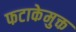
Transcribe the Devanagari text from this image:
फटाकेमुक्त